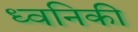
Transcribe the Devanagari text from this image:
ध्‍वनिकी